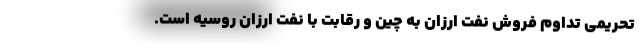
تحریمی تداوم فروش نفت ارزان به چین و رقابت با نفت ارزان روسیه است.